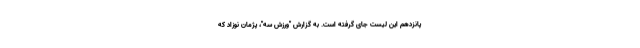
پانزدهم این لیست جای گرفته است. به گزارش "ورزش سه"، پژمان نوزاد که